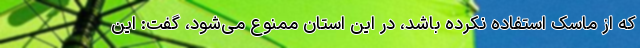
که از ماسک استفاده نکرده باشد، در این استان ممنوع می‌شود، گفت: این